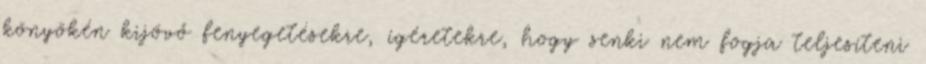
könyökén kijövő fenyegetésekre, ígéretekre, hogy senki nem fogja teljesíteni